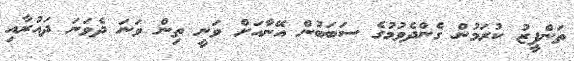
ތަންފީޒު ކުރަމުން ގެންދެވުމުގެ ސަބަބުން އޭނާއަށް ވަނީ ތިން ވަނަ ދެވަނަ ދައުރާއި